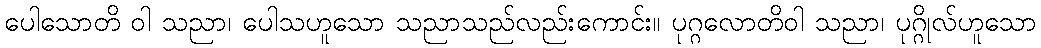
ပေါသောတိ ဝါ သညာ၊ ပေါသဟူသော သညာသည်လည်းကောင်း။ ပုဂ္ဂလောတိဝါ သညာ၊ ပုဂ္ဂိုလ်ဟူသော